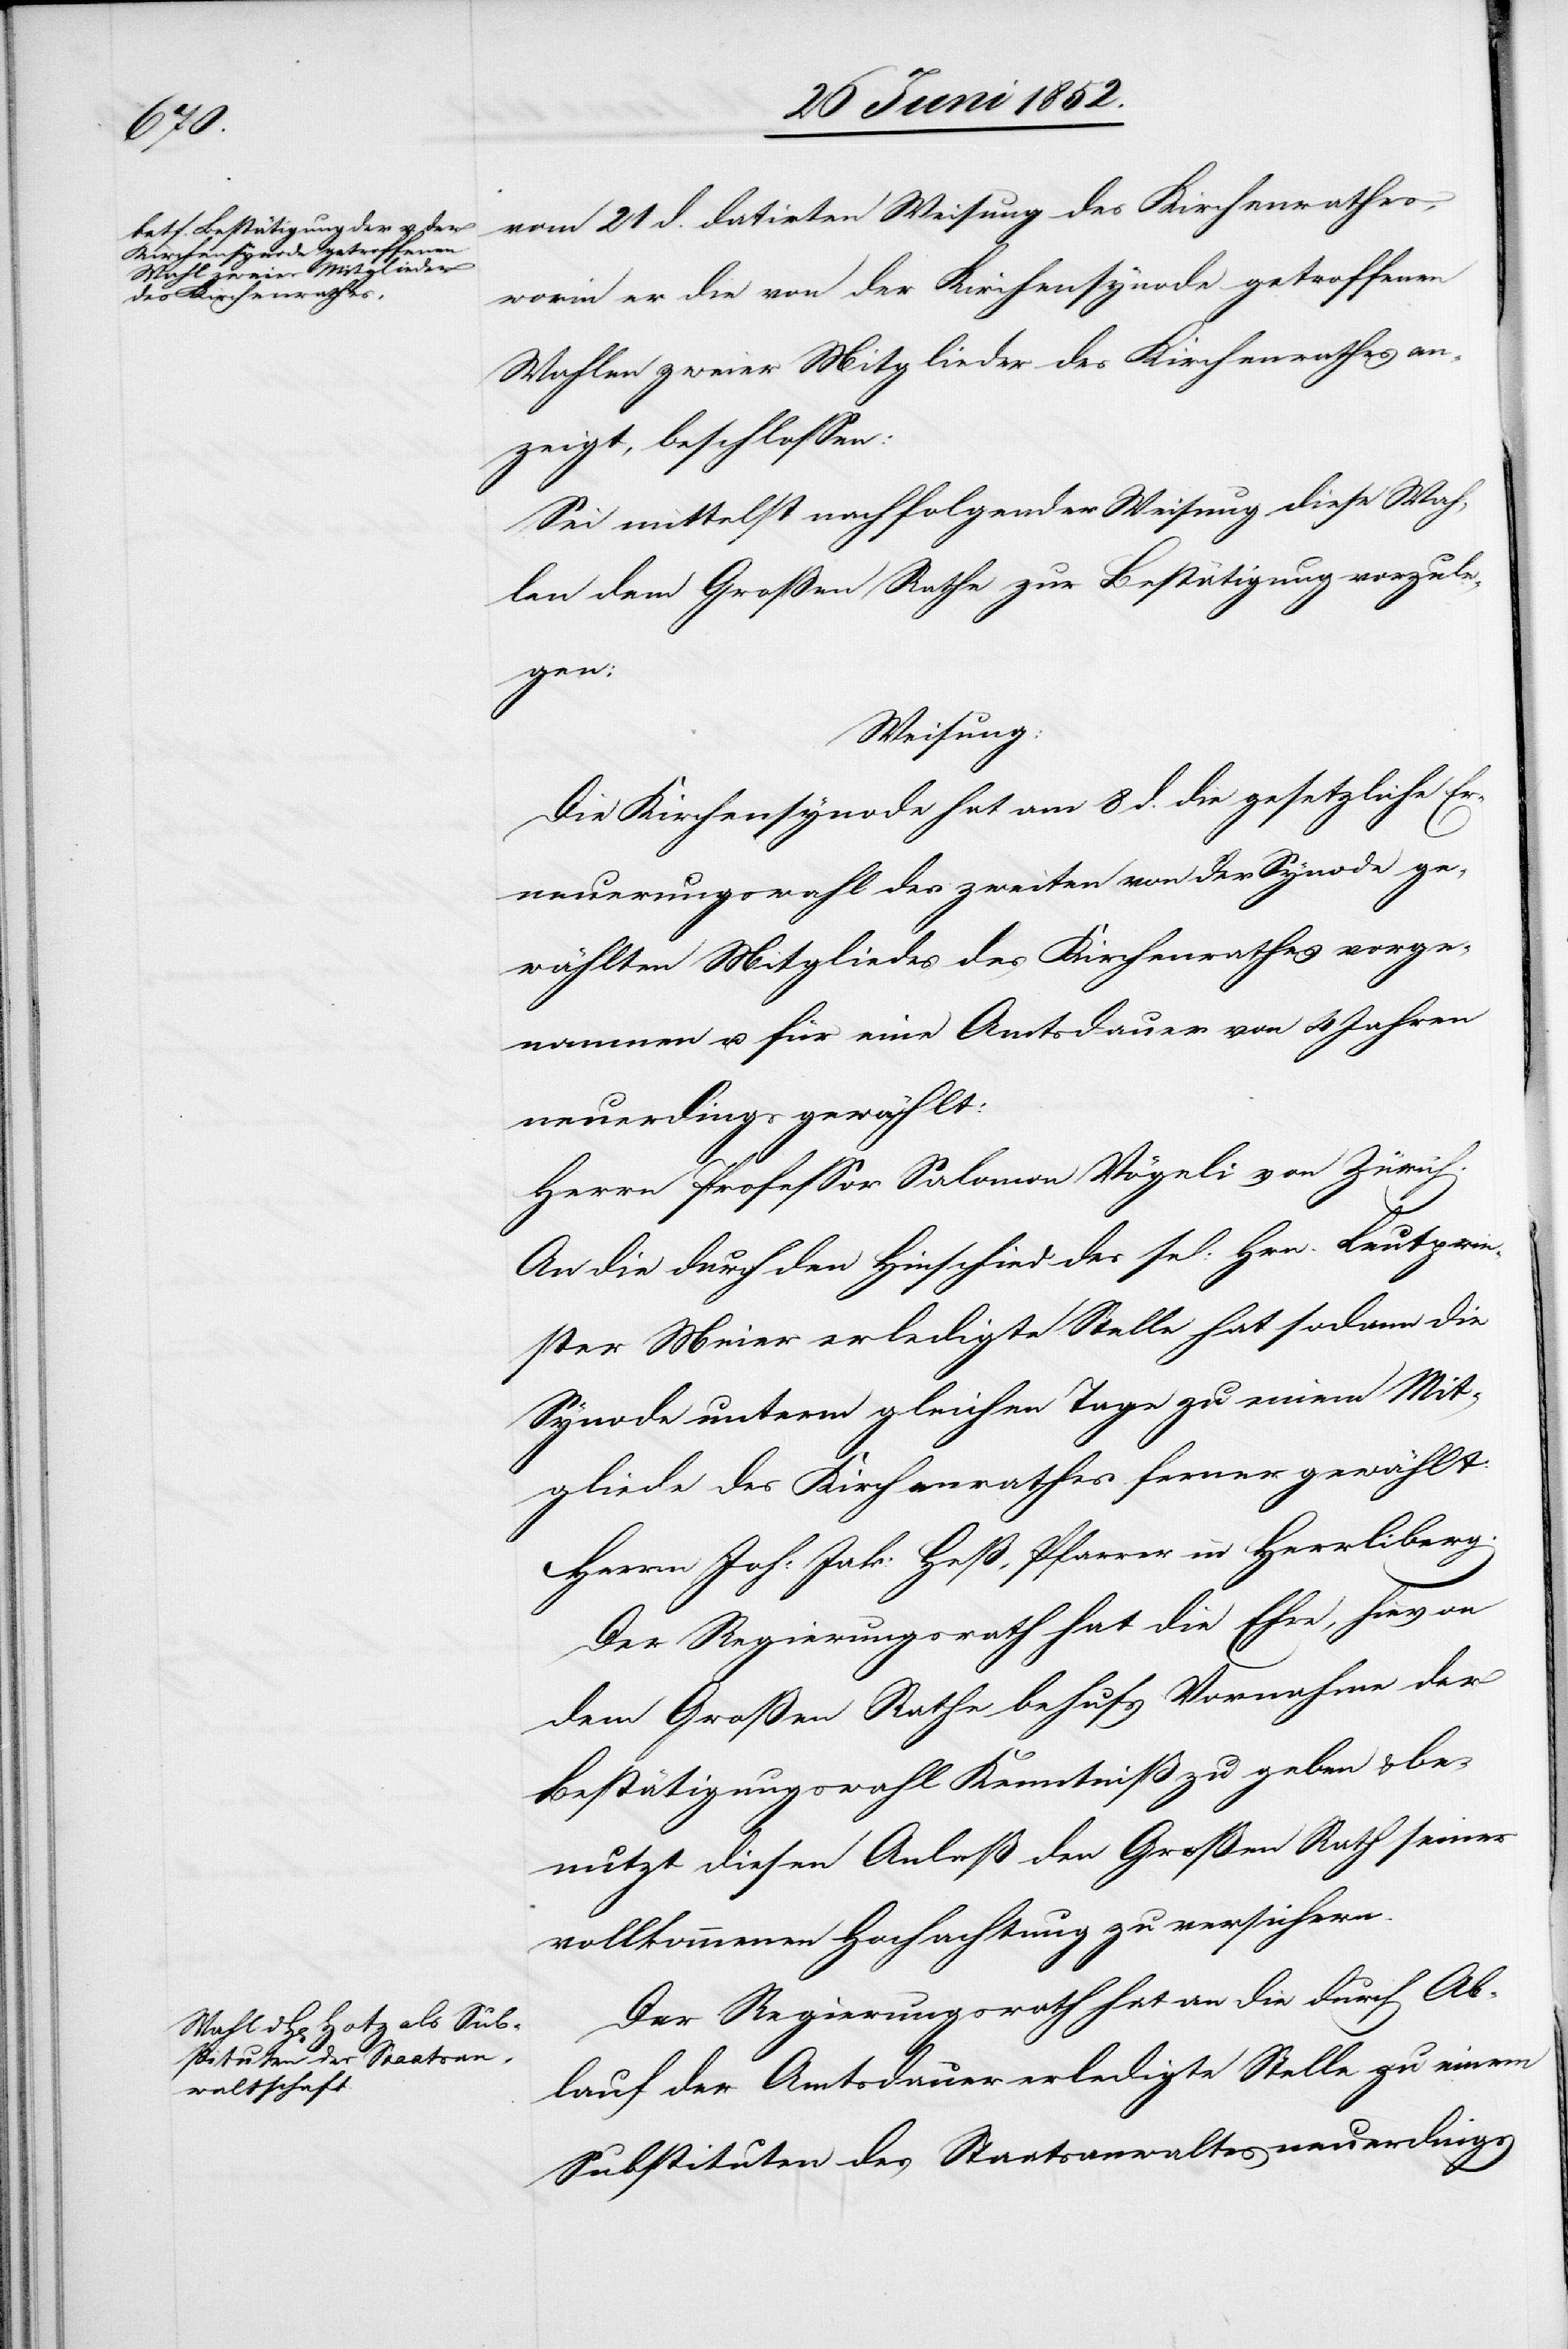
vom 21 d. datirten Weisung des Kirchenrathes,
worin er die von der Kirchensynode getroffenen
Wahlen zweier Mitglieder des Kirchenrathes an¬
zeigt, beschlossen:
Sei[en] mittelst nachfolgender Weisung diese Wah¬
len dem Großen Rathe zur Bestätigung vorzule¬
gen;
Weisung:
Die Kirchensynode hat am 8 d. die gesetzliche Er¬
neuerungswahl des zweiten von der Synode ge¬
wählten Mitgliedes des Kirchenrathes vorge¬
nommen u. für eine Amtsdauer von 4 Jahren
neuerdings gewählt:
Herrn Professor Salomon Vögeli von Zürich.
An die durch den Hinschied des sel: Hrn. Leutprie¬
ster Meier erledigte Stelle hat sodann die
Synode unterm gleichen Tage zu einem Mit¬
gliede des Kirchenrathes ferner gewählt:
Herrn Joh: Jak: Heß, Pfarrer in Herrliberg.
Der Regierungsrath hat die Ehre, hievon
dem Großen Rathe behufs Vornahme der
Bestätigungswahl Kenntniß zu geben & be¬
nutzt diesen Anlaß den Großen Rath seiner
vollkommenen Hochachtung zu versichern.
Der Regierungsrath hat an die durch Ab¬
lauf der Amtsdauer erledigte Stelle zu einem
Substituten des Staatsanwaltes neuerdings